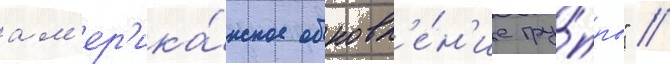
ам'ер'ика́нское обновл'е́н'ие гру́ппы" //